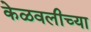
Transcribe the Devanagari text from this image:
केळवलीच्या